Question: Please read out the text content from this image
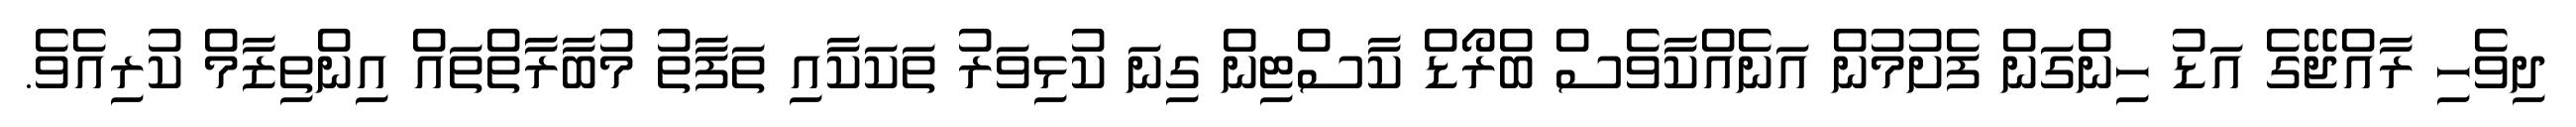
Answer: ދިވެހި ރާއްޖޭގެ އަޑު ހިންގަން ފެށުމުން އަނެއްކާވެސް ބްރޯޑް ކާސްޓިން ގިނަ ކުޅިވަރު ތަކަކާއި ތަފާތު މުބާރާތްތައް އިންތިޒާމް ކުރިއެވެ.